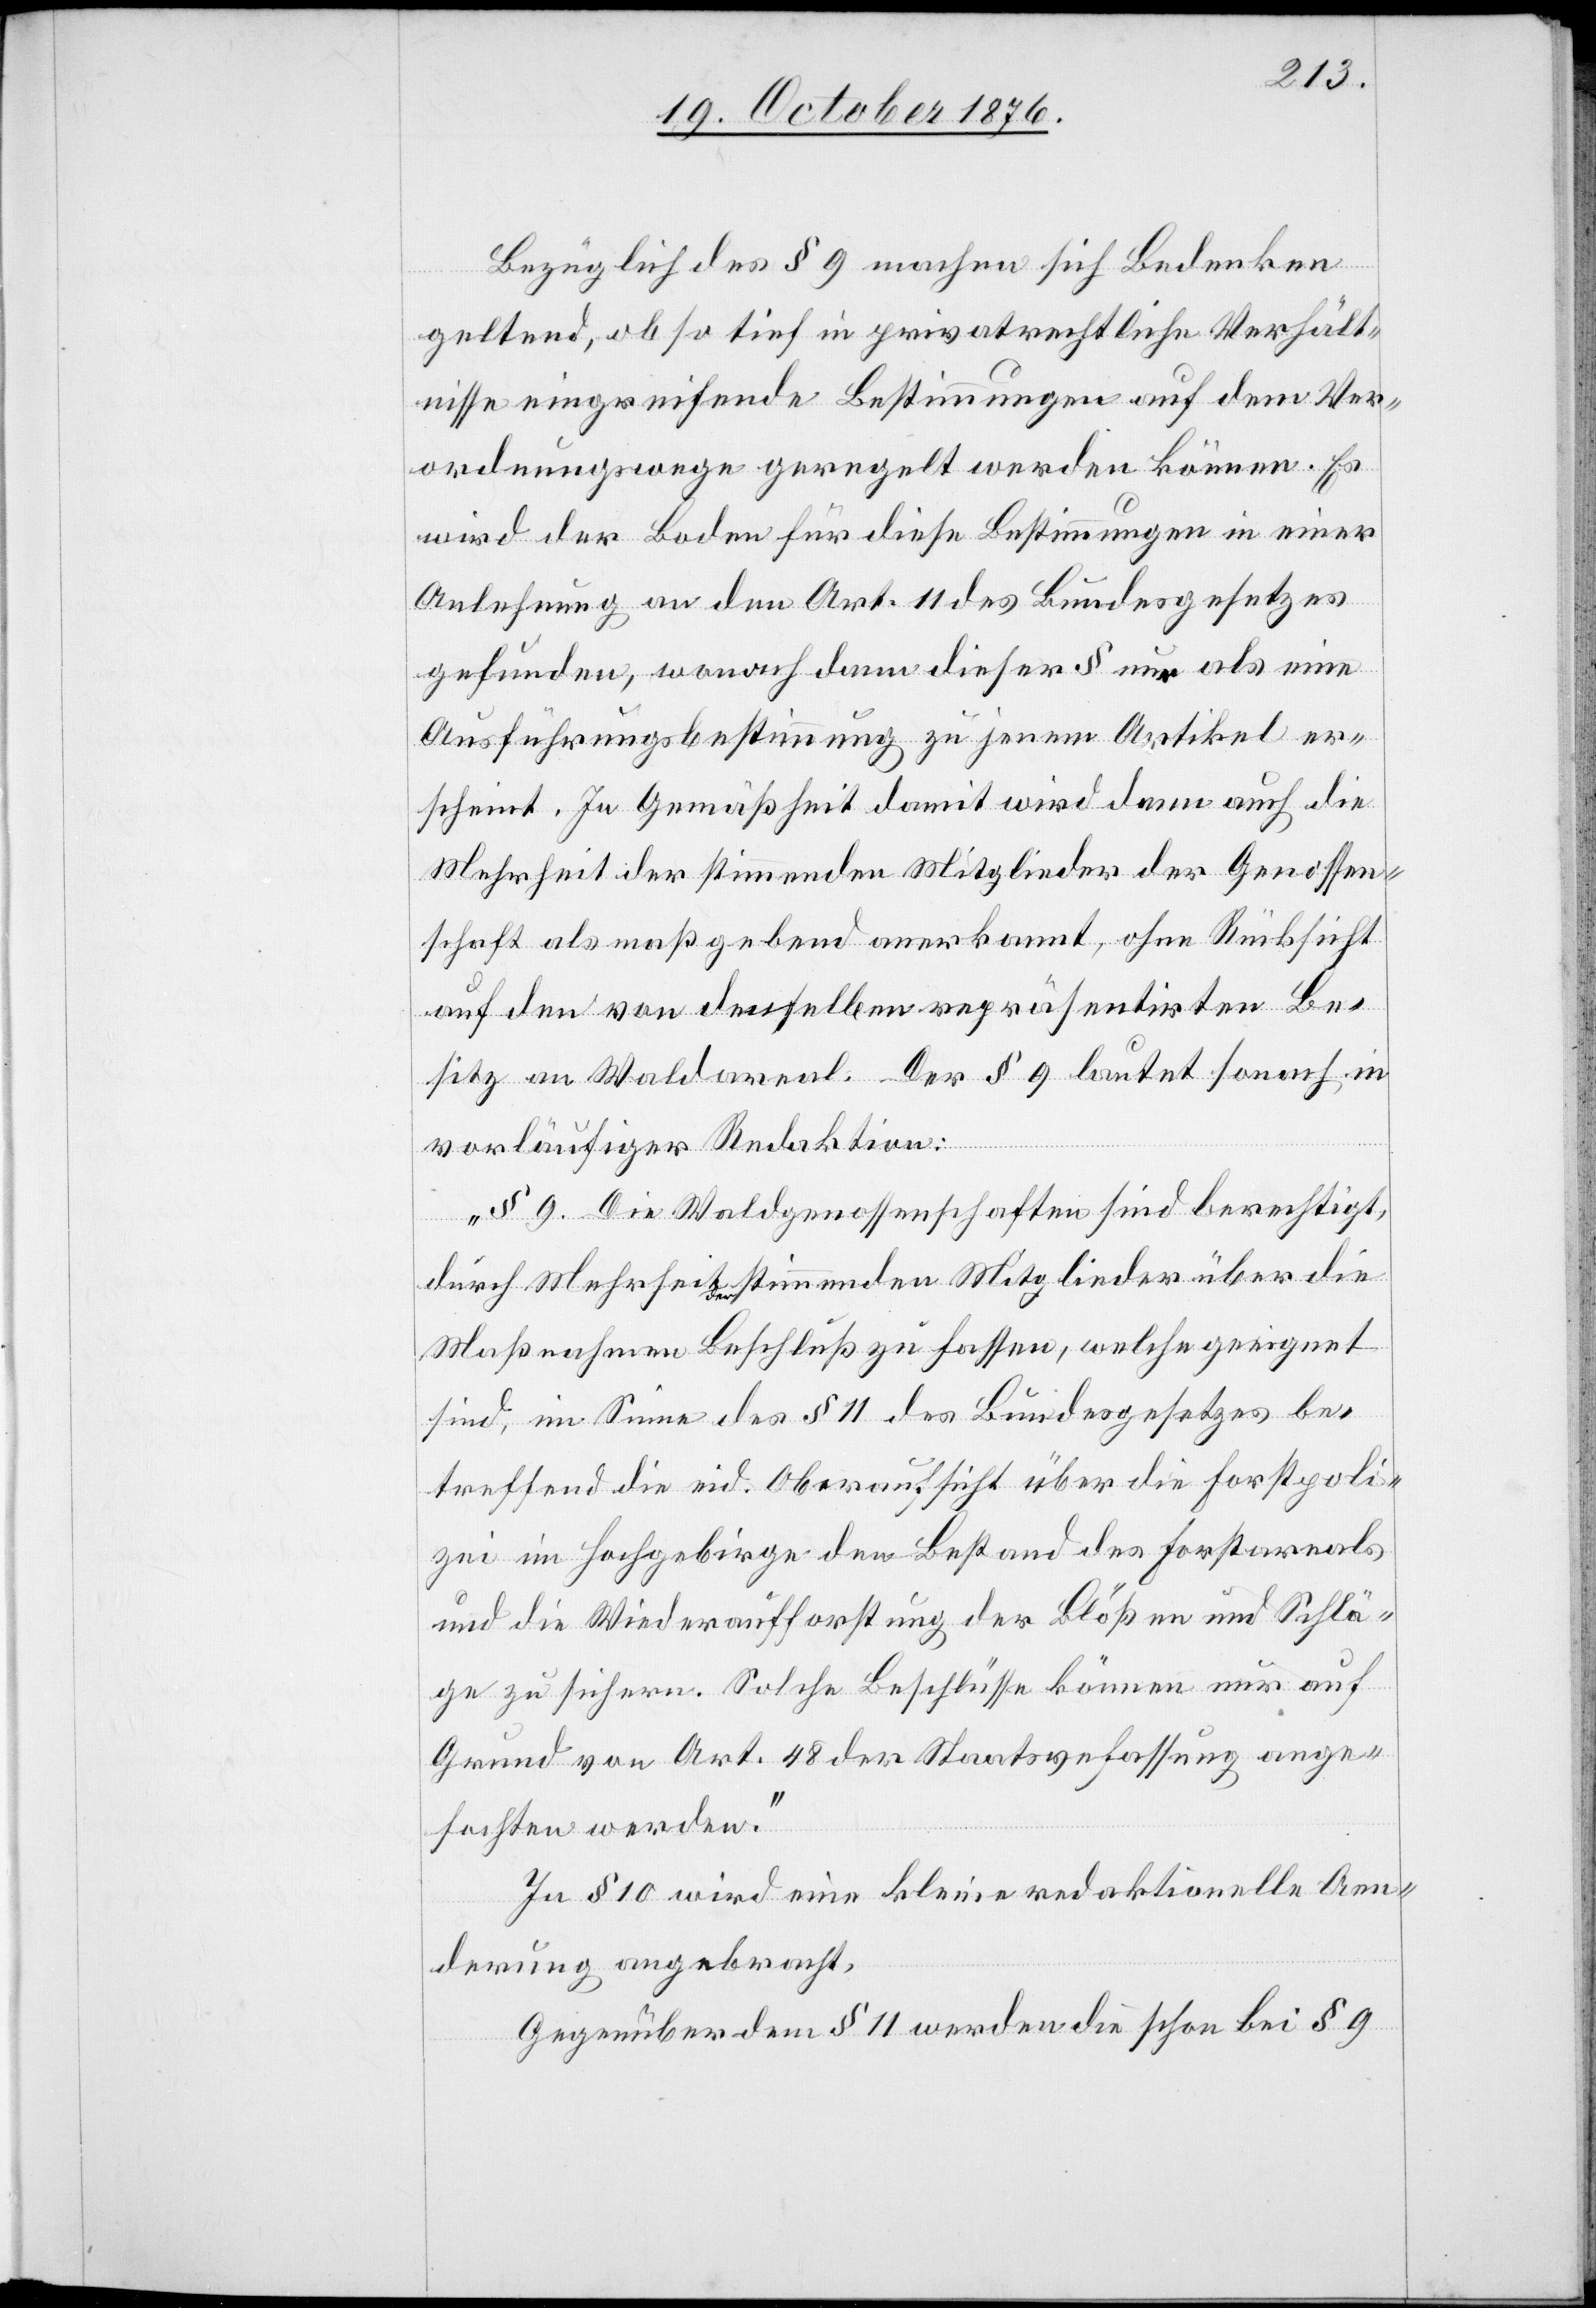
Bezüglich des § 9 machen sich Bedenken
ange¬
geltend, ob so tief in privatrechtliche Verhält¬
nisse greifende Bestimmungen auf dem Ver¬
ordnungswege geregelt werden können. Es
wird der Boden für diese Bestimmungen in einer
Anlehnung an den Art. 11 des Bundesgesetzes
gefunden, wonach dann dieser § nur als eine
Ausführungsbestimmung zu jenem Artikel er¬
scheint. In Gemäßheit damit wird dann auch die
Mehrheit der stimmenden Mitglieder der Genossen¬
schaft als maßgebend anerkannt, ohne Rücksicht
auf den von denselben repräsentirten Be¬
sitz an Waldareal. Der § 9 lautet sonach in
vorläufiger Redaktion:
„§ 9. Die Waldgenossenschaften sind berechtigt,
durch Mehrheit der stimmenden Mitglieder über die
Maßnahmen Beschluß zu fassen, welche geeignet
sind, im Sinne des § 11 des Bundesgesetzes be¬
treffend die eid. Oberaufsicht über die Forstpoli¬
zei im Hochgebirge den Bestand des Forstarsenals
und die Wiederaufforstung der Blößen und Schlä¬
ge zu sichern. Solche Beschlüsse können nur auf
Grund von Art. 48 der Staatsverfassung [s¬
fochten werden.“
In § 10 wird eine kleine redaktionelle Aen¬
derung angebracht.
Gegenüber dem § 11 werden die schon bei § 9